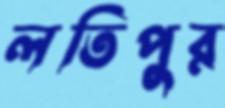
লতিপুর